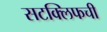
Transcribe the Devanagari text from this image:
सटक्लिफची